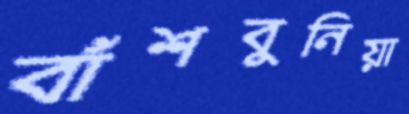
বাঁশবুনিয়া